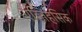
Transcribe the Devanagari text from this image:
एह्तिहसिक